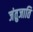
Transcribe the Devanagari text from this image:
जंतुजाति